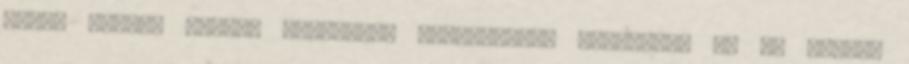
körbe valami nordic walkingra emlékeztető botokkal. Ez is valami